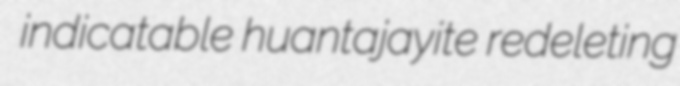
indicatable huantajayite redeleting